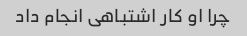
چرا او کار اشتباهی انجام داد